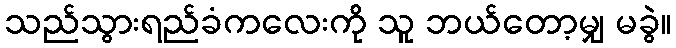
သည်သွားရည်ခံကလေးကို သူ ဘယ်တော့မျှ မခွဲ။